Lunatic asylums Central Provinces reports 1895-1909 - 1895-1909
Year: 1895
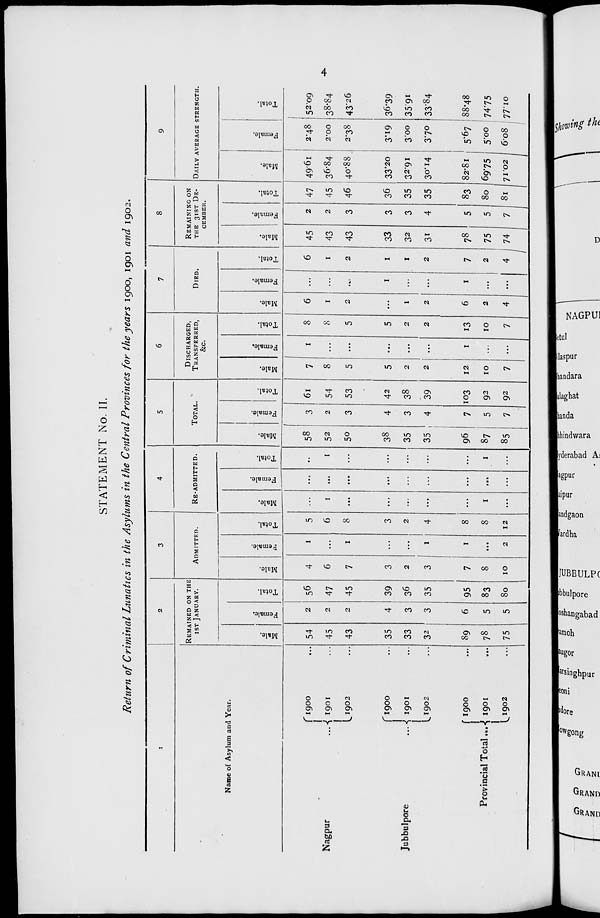
4
STATEMENT No. II.
Return of Criminal Lunatics in the Asylums in the Central Provinces for the years 1900, 1901 and 1902.
1
Name of Asylum and Year.
Nagpur
...
Jubbulpore
...
Provincial Total ...
1900
1901
1902
1900
1901
1902
1900
1901
1902
2
REMAINED ON THE
1ST JANUARY.
Male.
54
45
43
35
33
32
89
78
75
Female.
2
2
2
4
3
3
6
5
5
Total.
56
47
45
39
36
35
95
83
80
3
ADMITTED.
Male.
4
6
7
3
2
3
7
8
10
Female.
1
...
1
...
...
1
1
...
2
Total.
5
6
8
3
2
4
8
8
12
4
RE-ADMITTED.
Male.
...
1
...
...
...
...
...
1
...
Female.
...
...
...
...
...
...
...
...
...
Total.
...
1
...
...
...
...
...
1
...
5
TOTAL.
Male.
58
52
50
38
35
35
96
87
85
Female.
3
2
3
4
3
4
7
5
7
Total.
6l
54
53
42
38
39
103
92
92
6
DISCHARGED,
TRANSFERRED,
&c.
Male.
7
8
5
5
2
2
12
10
7
Female.
1
...
...
...
...
...
1
...
...
Total.
8
8
5
5
2
2
13
10
7
7
DIED.
Male.
6
1
2
...
1
2
6
2
4
Female.
...
...
...
1
...
...
1
...
...
Total.
6
1
2
1
1
2
7
2
4
8
REMAINING ON
THE 31ST DE-
------.
Male.
45
43
43
33
32
31
78
75
74
Female.
2
2
3
3
3
4
5
5
7
Total.
47
45
46
36
35
35
83
80
81
9
DAILY AVERAGE STRENGTH.
Mal e.
49.61
36.84
40.88
33.20
32.91
30.14
82.81
69.75
71.02
Femal e.
2.48
2.00
2.38
3.19
3.00
3.70
5.67
5.00
6.08
Tot al .
52.09
38.84
43.26
36.39
35.91
33.84
88.48
74.75
77.10